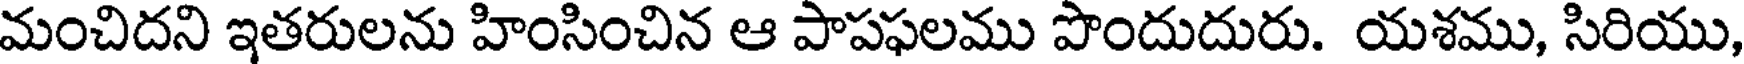
మంచిదని ఇతరులను హింసించిన ఆ పాపఫలము పొందుదురు. యశము, సిరియు,